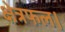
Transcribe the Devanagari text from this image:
क्षेत्रफल।